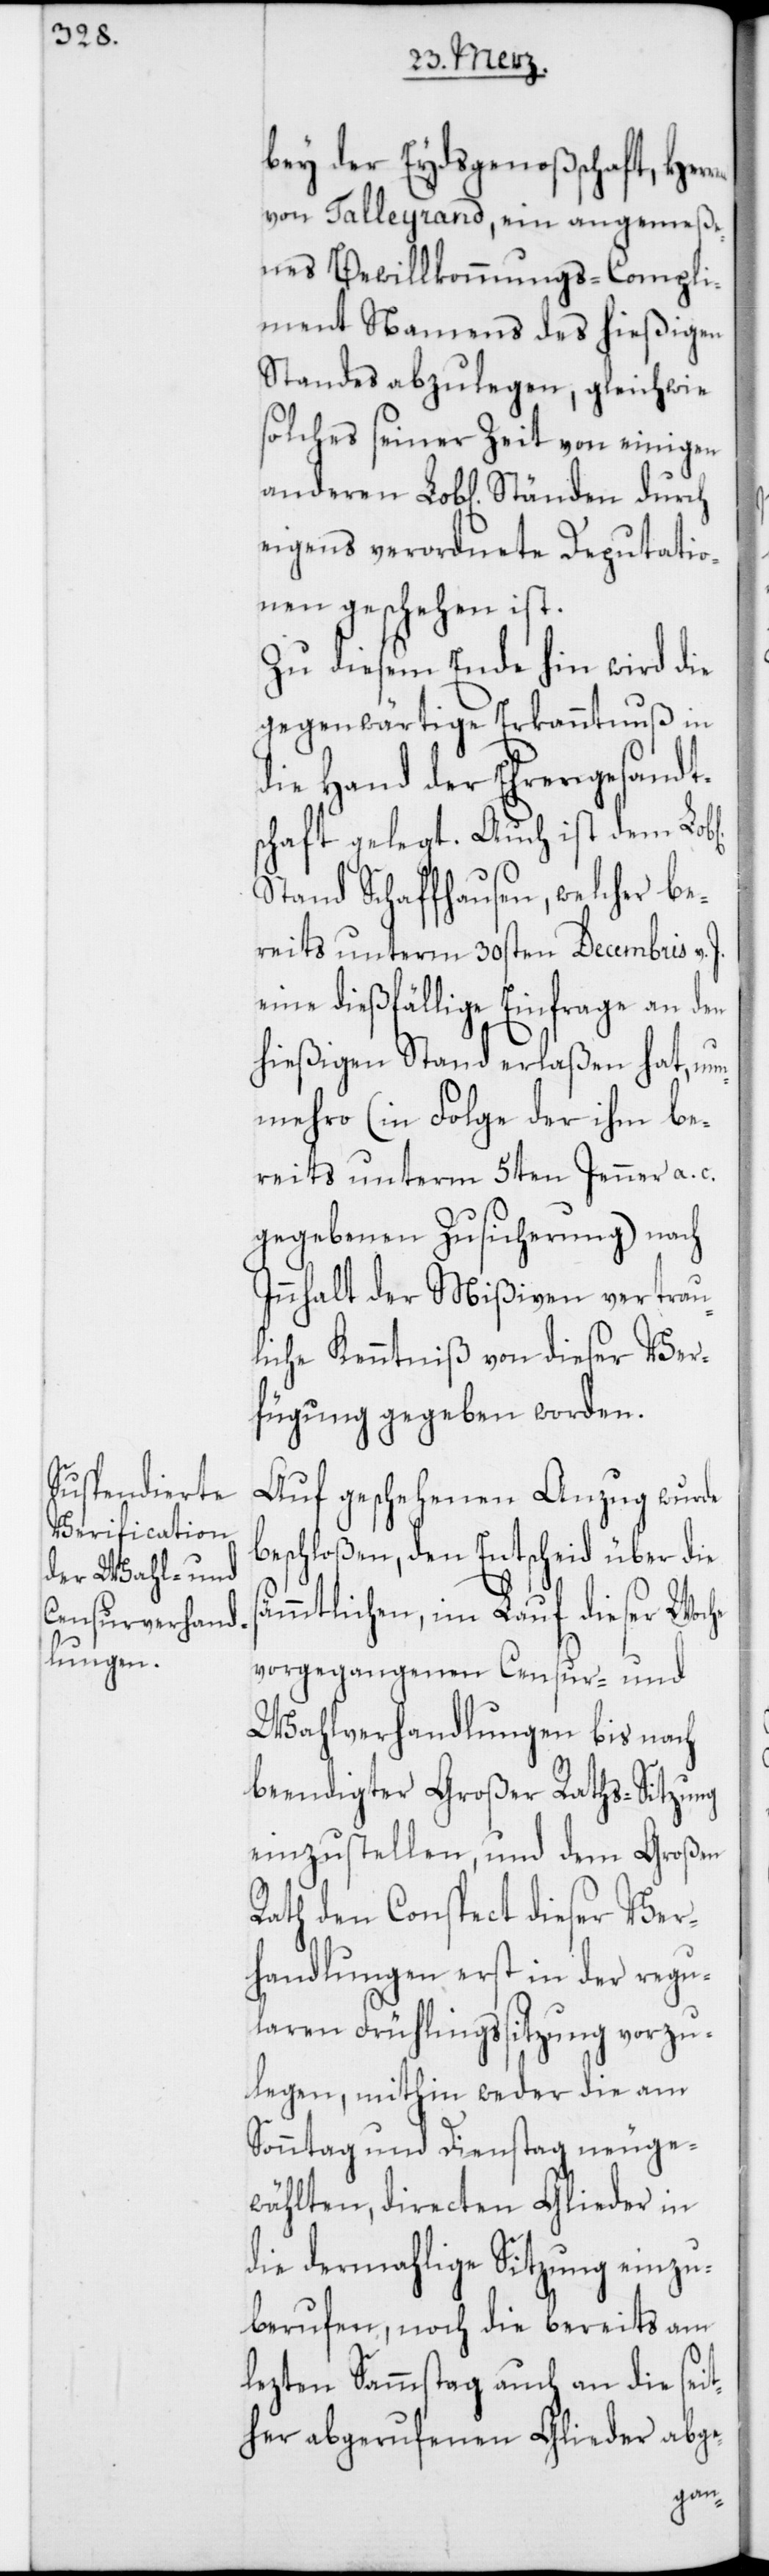
bey der Eydsgenoßenschaft, Her¬
von Talleyrand, ein angemeße¬
nes Bewillkommungs-Compli¬
ment namens des hießigen
Standes abzulegen, gleichwie
solches seiner Zeit von einigen
anderen Lobl. Ständen durch
eigens verordnete Deputatio¬
nen geschehen ist.
Zu diesem Ende hin wird die
gegenwärtige Erkanntnuß in
die Hand der Ehrengesandt¬
schaft gelegt. Auch ist dem Lobl.
Stand Schaffhausen, welcher be¬
reits unterm 30sten Decembris v.
eine dießfällige Einfrage an den
hießigen Stand erlaßen hat, nun¬
mehro (in Folge der ihm be¬
reits unterm 5ten Jenner a. c.
gegebenen Zusicherung) nach
Innhalt der Mißiven vertrau¬
liche Kenntniß von dieser Ver¬
fügung gegeben worden.
Auf geschehenen Anzug wurde
beschloßen, den Entscheid über die
sämmtlichen, im Lauf dieser Woche
vorgegangenen Censur- und
Wahlverhandlungen bis nach
beendigter Großer Raths-Sitzung
einzustellen, und dem Großen
Rath den Conspect dieser Ver¬
handlungen erst in der regu¬
laren Frühlingssitzung vorzu¬
legen, mithin weder die am
Sonntag und Dienstag neu ge¬
wählten, directen Glieder in
die dermahlige Sitzung einzu¬
berufen, noch die bereits am
lezten Sammstag auch an die seit¬
her abgerufenen Glieder abge-
ren